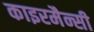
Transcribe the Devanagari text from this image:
काइरमैन्सी